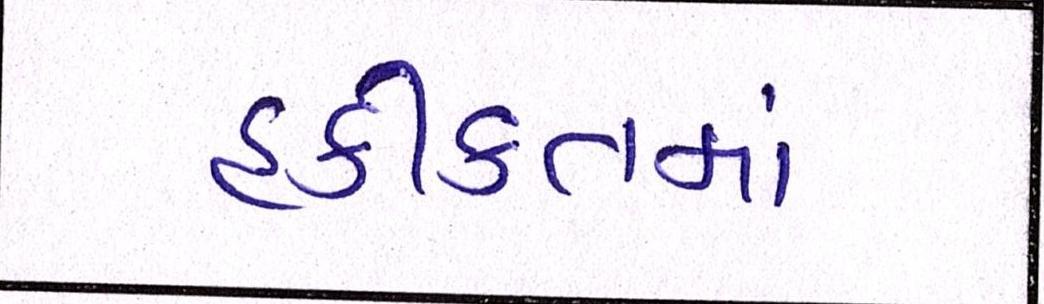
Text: હકીકતમાં